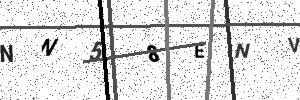
Text: NN58ENV